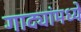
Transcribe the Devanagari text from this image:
गाद्यांमध्ये